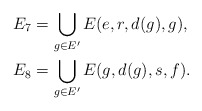
\begin{align*} E_7&=\bigcup_{g\in E'}E(e,r,d(g),g),\\ E_8&=\bigcup_{g\in E'}E(g,d(g),s,f).\end{align*}